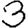
Digit: 3